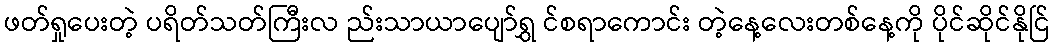
ဖတ်ရှုပေးတဲ့ ပရိတ်သတ်ကြီးလ ည်းသာယာပျော်ရွှ င်စရာကောင်း တဲ့နေ့လေးတစ်နေ့ကို ပိုင်ဆိုင်နိုင်ြ